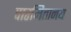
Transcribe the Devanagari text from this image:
पारमितानय